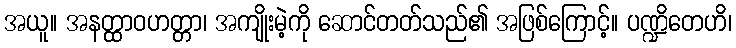
အယူ။ အနတ္ထာဝဟတ္တာ၊ အကျိုးမဲ့ကို ဆောင်တတ်သည်၏ အဖြစ်ကြောင့်။ ပဏ္ဍိတေဟိ၊